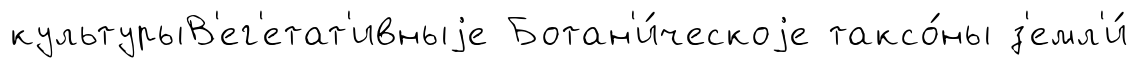
культурыВ'ег'етат'ивныjе Ботан'и́ческоjе таксо́ны з'емл'и́